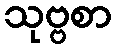
သုဗ္ဗစာ